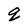
Character: q